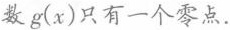
数g(x)只有一个零点.